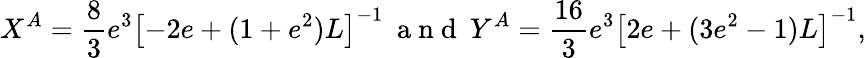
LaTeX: X^{A}=\frac{8}{3}e^{3}\left[-2e+(1+e^{2})L\right]^{-1}\: \mathrm{~a~n~d~}\: Y^{A}=\frac{16}{3}e^{3}\left[2e+(3e^{2}-1)L\right]^{-1},